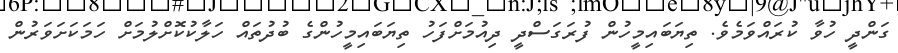
ގަންދީ ހުވާ ކުރައްވަމެވެ. ތިޔަބައިމީހުން ފުރަގަސްދީ ދިއުމަށްފަހު ތިޔަބައިމީހުންގެ ބުދުތައް ހަލާކުކޮށްލުމަށް ހަމަކަށަވަރުން